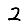
Digit: 2